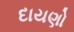
દાયણો